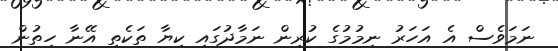
ނަމަވެސް އެ އަހަރު ނިމުމުގެ ކުރިން ނަމާދުގައި ކިޔާ ތަކެތި އޭނާ ހިތުން